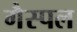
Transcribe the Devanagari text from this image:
गैस्पल